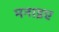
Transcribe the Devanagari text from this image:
मनाइए